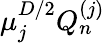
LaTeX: \mu_{j}^{D/2}Q_{n}^{(j)}